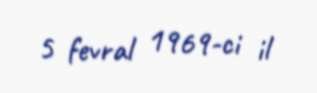
5 fevral 1969-ci il